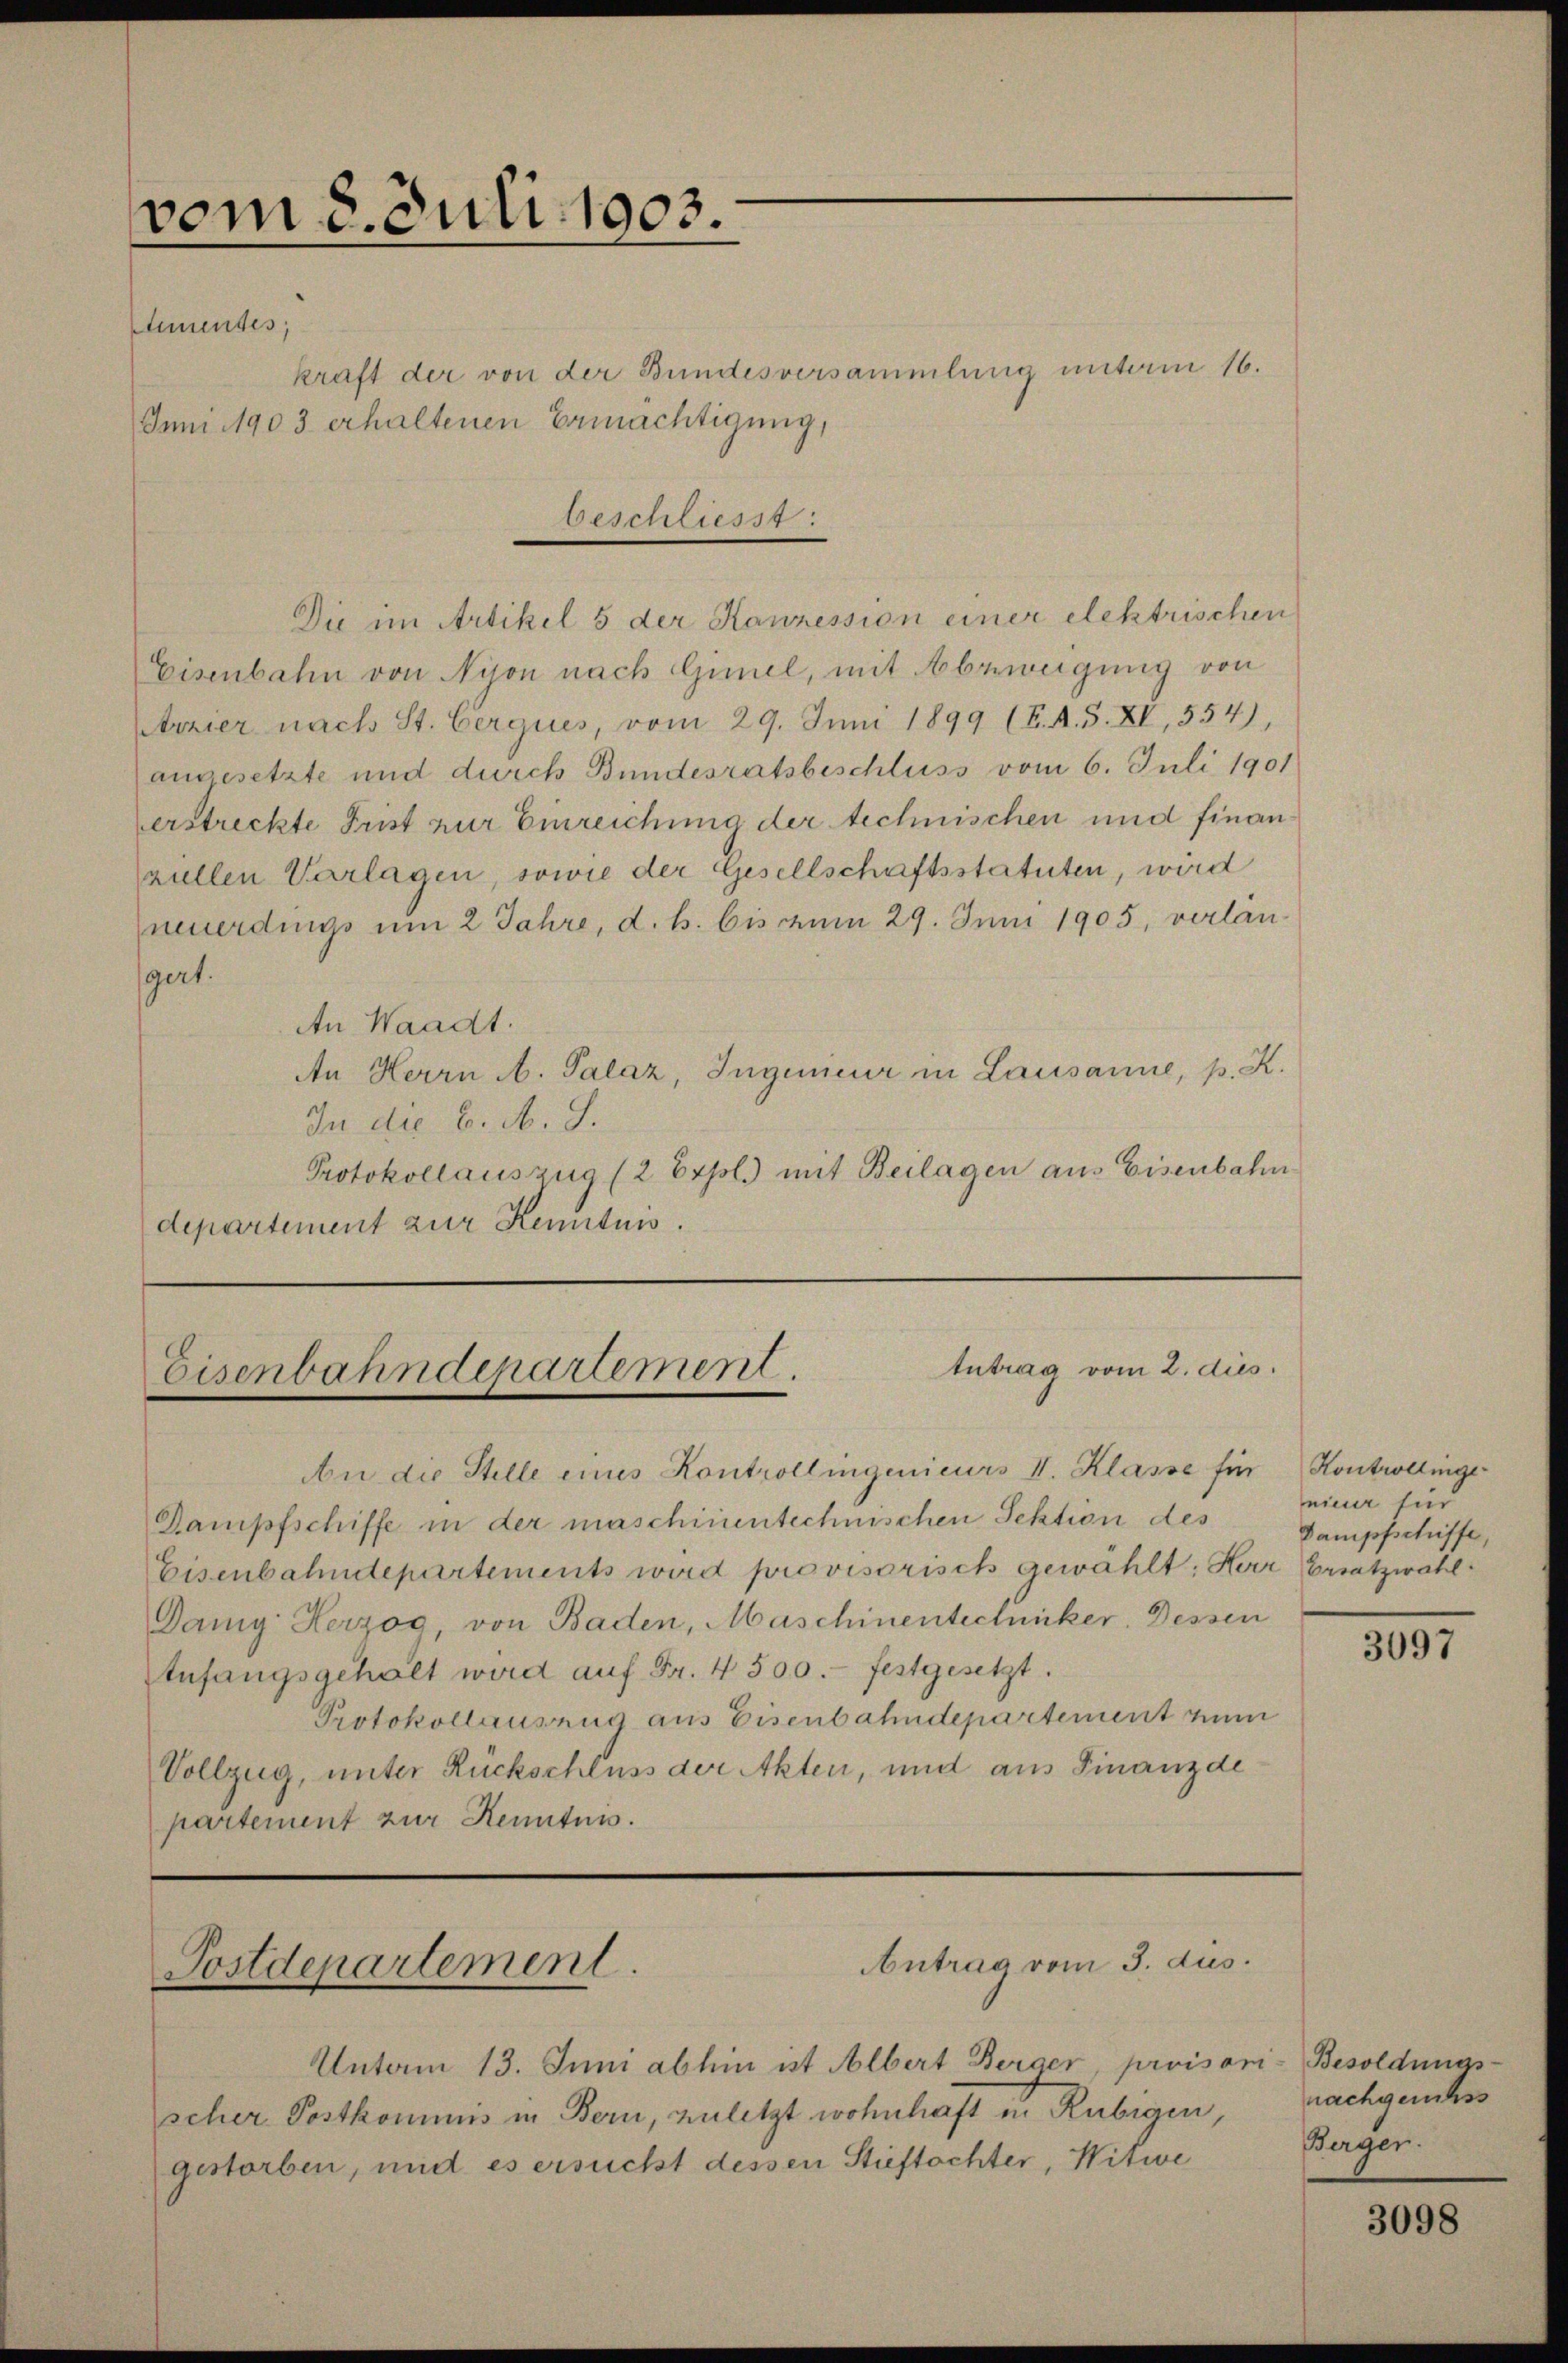
vom 8. Juli 1903.
Ehmendes;
Juni 1903 erhaltenen Ermächtigung,

kraft der von der Bundesversammlung unterm 16.
beschliesst:
Die im Artikel 5 der Kanzession einer elektrischen
Eisenbahn von Nijon nach Gimel, mit Abzweigung von
Arzier nach St. Cerques, vom 29. Juni 1899 (E. A. S. XV, 554)
angesetzte und durch Bundesratsbeschluss vom 6. Juli 1901
erstreckte Frist zur Einreichung der technischen und finanziellen Vorlagen, sowie der Gesellschaftsstatuten, wird
neuerdings um 2 Jahre, d. h. bis vom 29. Juni 1905, verlangert.
An Waadt.
An Herrn A. Palaz, Ingenieur in Lausanne, p. K.
In die 6. A. S.
Protokollauszug (2 Expl.) mit Beilagen aus Eisenbahn
departement zur Kenntnis.

Antrag vom 2. dies
Eisenbahndepartement.

An die Stelle eines Kontrollingenieurs II. Klasse für
Dampfschiffe in der maschinentechnischen Sektion des
Eisenbahndepartements wird provisorisch gewählt: Herr Ersatzwahl
Danig Herzog, von Baden, Maschinentechniker. Dessen
Anfangsgehalt wird aŭf Fr. 4 500.- festgesetzt.
Protokollausung aus Eisenbahndepartement zum
Vollzug, unter Rückschluss der Akten, und aus Finanzde
partement zur Kenntnis.

Antrag vom 3. dus.
Postdepartement.

Untam 13. Juni abhin ist Albert Berger, proises
scher Postkommis in Bern, zuletzt wohnhaft in Rubigen,
gestorben, und es ersucht dessen Stieftochter, Witwe

Kontrollinge
nieder für
Dampfschiffe

3097

- Besoldungs-
nachgesuchss
Berger.

3098